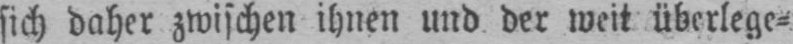
sich daher zwischen ihnen und der weit überlege⸗